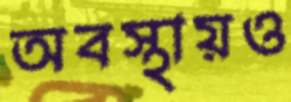
অবস্থায়ও